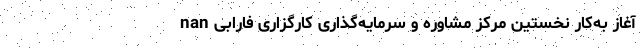
آغاز به‌کار نخستین مرکز مشاوره و سرمایه‌گذاری کارگزاری فارابی nan